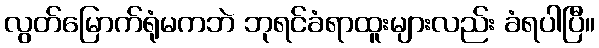
လွတ်မြောက်ရုံမကဘဲ ဘုရင်ခံရာထူးများလည်း ခံရပါပြီ။